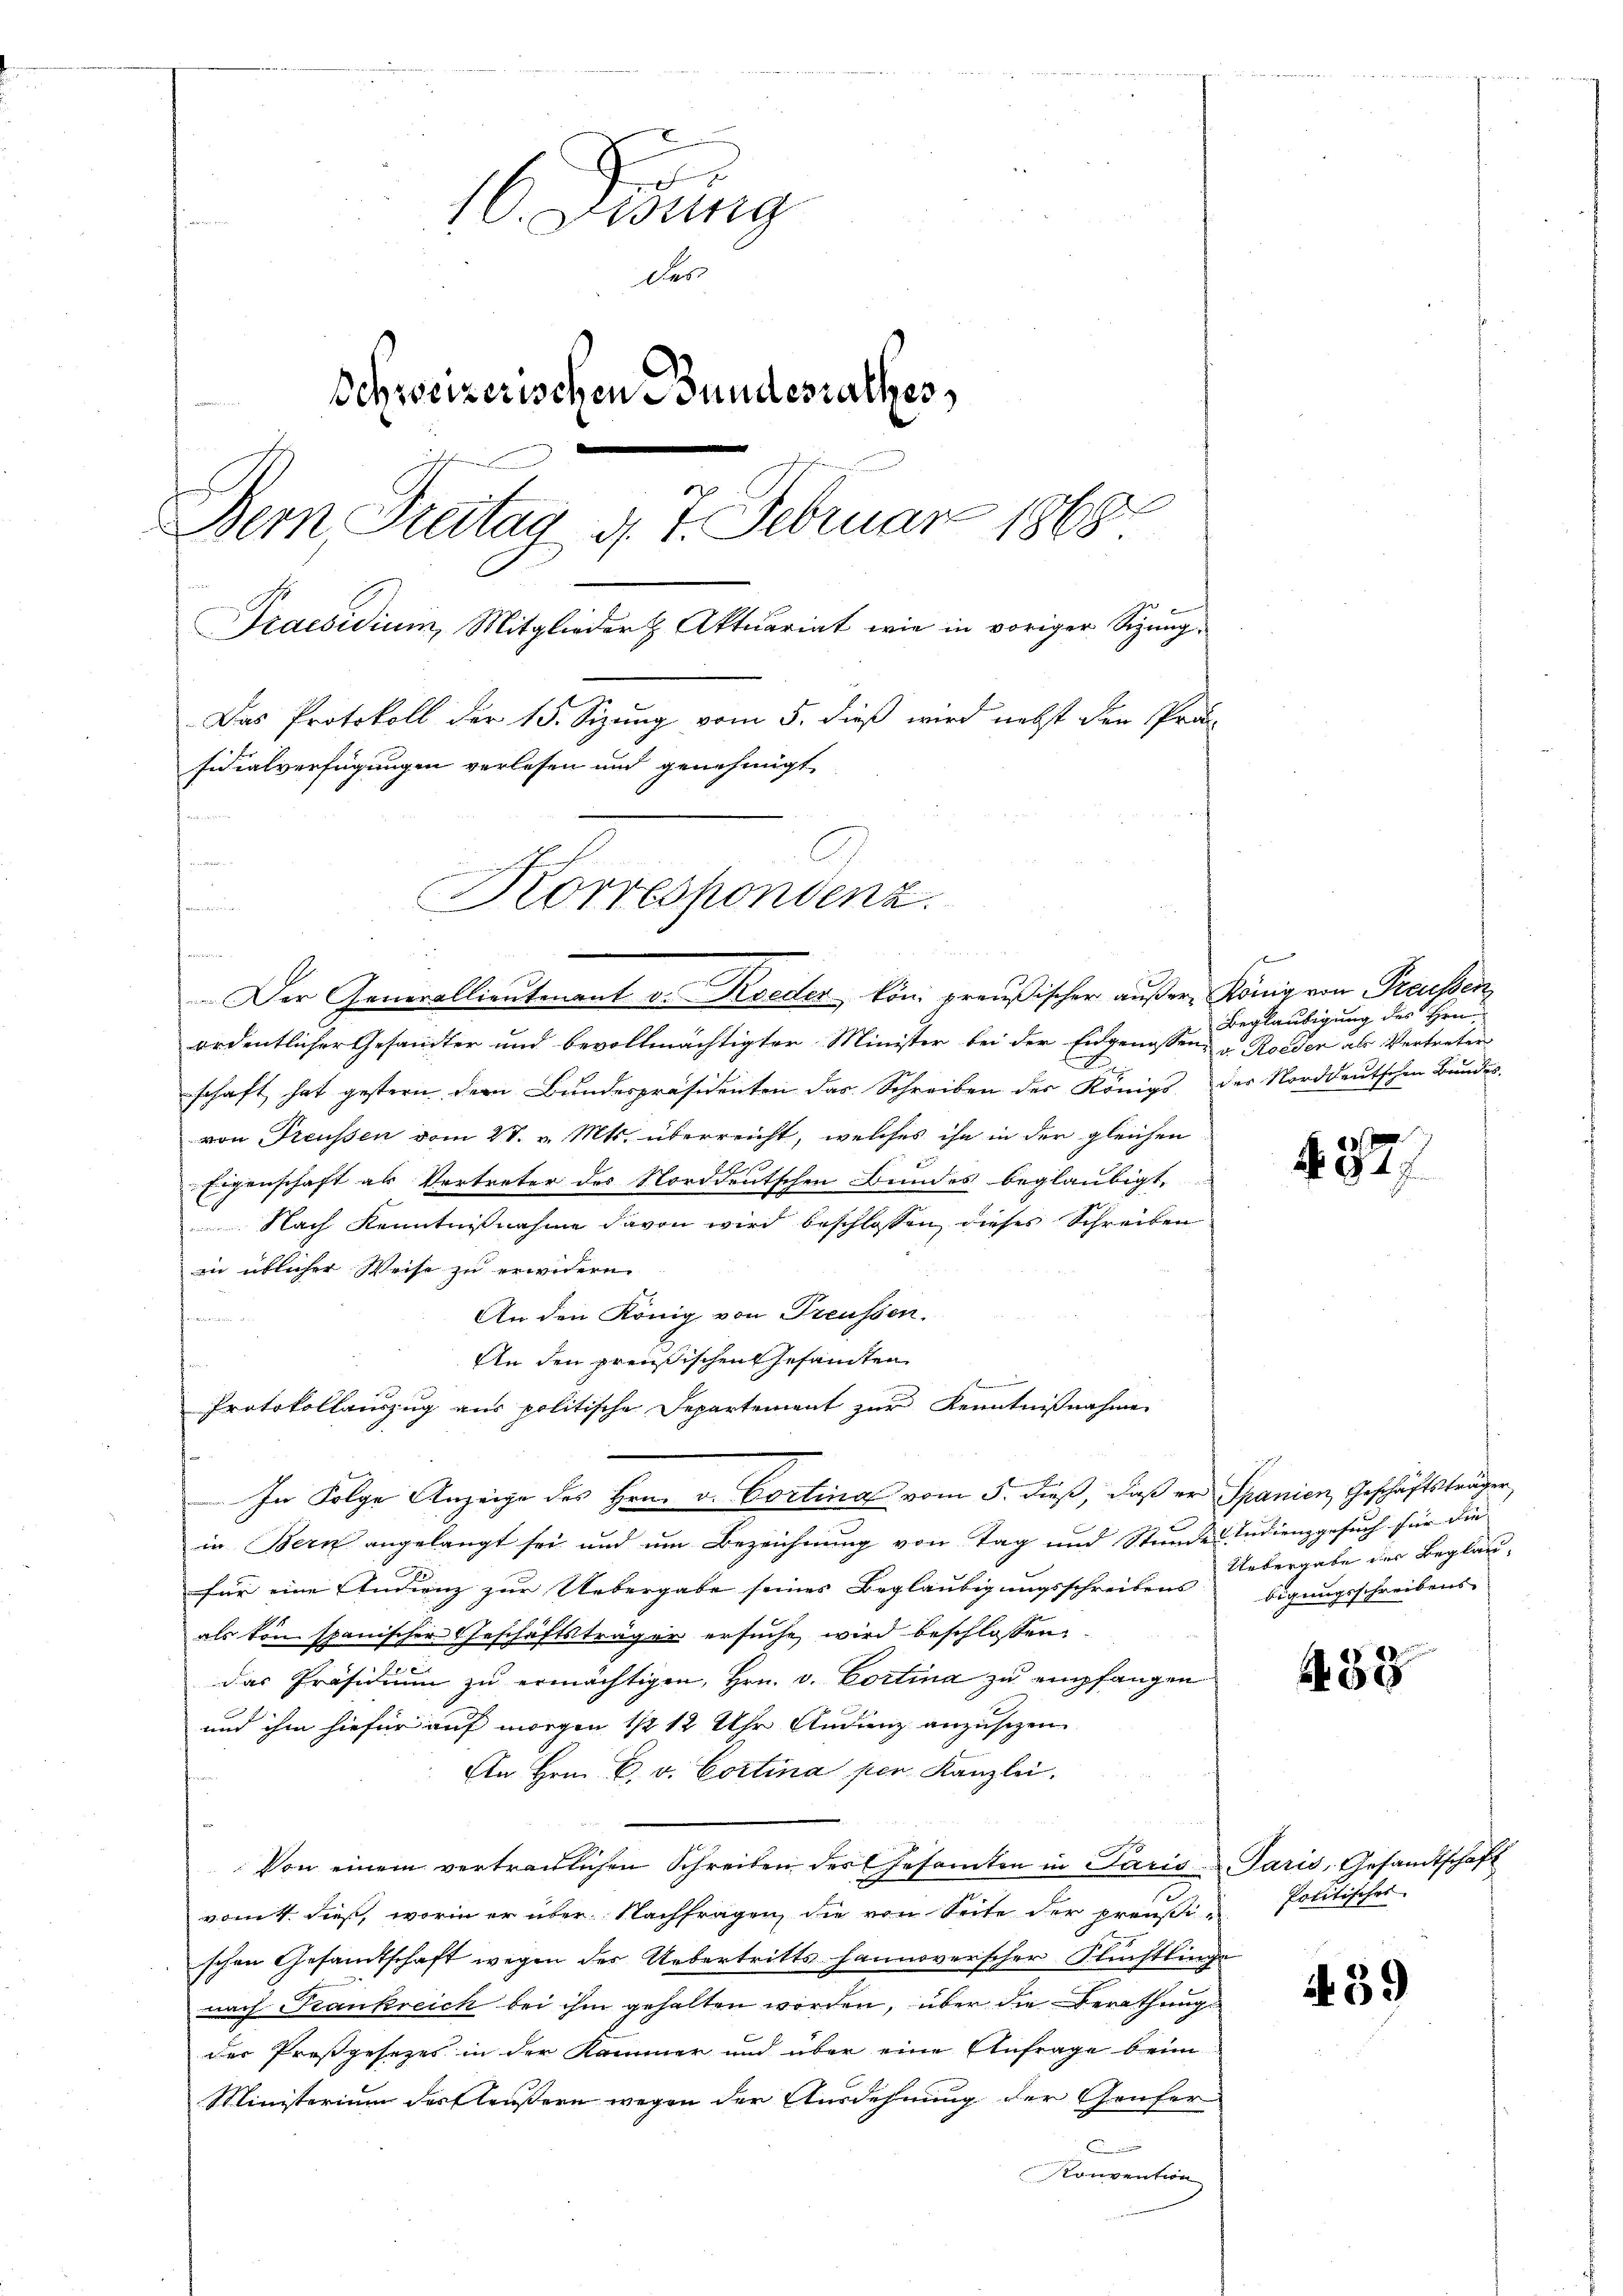
16. Sedung
des
Schweizerischen Bundesrathes,
.
Bern Preitag d. 7. Februar 1865.
Praesidium, Mitglieder Aktuariat wie in voriger Sitzung,
Das Protokoll der 15. Sizung vom 5. dieß wird nebst den Prä-
Fidialverfügungen verlesen und genehmigt

n
Korrespondenz.
hmann

Der Generallieutenant v. Roeder kön. preußischer außere König von Preussen
ordentlicher Gesandter und bevollmächtigter Minister bei der Eidgenossen, u. Roeden als Vertreter
x
schaft hat gestern dem Bundespräsidenten das Schreiben der Königs der Norddeutschen Bŭndes-
von Preußen vom 27. v. Mts. überreicht, welches ihn in der gleichen
Eigenschaft als Vertreter des Norddeutschen Bundes beglaubigt,
 Nach Kenntnißnahme davon wird beschlossen, dieses Schreiben
in üblicher Weise zu erwidern.
An den König von Treussen.
freien in
An den preußischen Gesandten
e
Protokollauszug aus politische Departement zur Kenntnißnahme
In Folge Anzeige des Hrn. v. Cortina vom 5. dieß, daß er Spanien, Geschäftsträger
in Bern angelangt sei und um Bezeichnung von Tag und Stunde Indienzgesuch für die
für eine Indienz zur Uebergabe seines Beglaubigungsschreibens bigungsschreibens
als von spanischer Geschäftsträger ersuche wird beschlossen:
das Präsidium zu ermächtigen, Hrn. v. Portina zu empfangen
und ihm hiefür auf morgen 1/2 12 Uhr Audienz anzusehen.
An Hrn. C. v. Cortina per Kanzlei.
Von einem verträglichen Schreiben des Gesamten in Paris u. Paris, Gesandtschaft
vom 4. dieß, worin er über Nachfragen, die von Seite der preußi-Politisches
schen Gesandtschaft wegen des Uebertritts hannoverscher Flüchtling
nach Krankreich bei ihm gehalten worden, über die Berathung
der Preßgesezes in der Kammer und über eine Anfrage beim
Ministerium des Eleusern wegen der Ausdehnung der Genfer
E
Konvention

u

z keine
Beglaubigung des Hrn.

482/

Uebergabe der Beglau¬

458

439